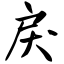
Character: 戾